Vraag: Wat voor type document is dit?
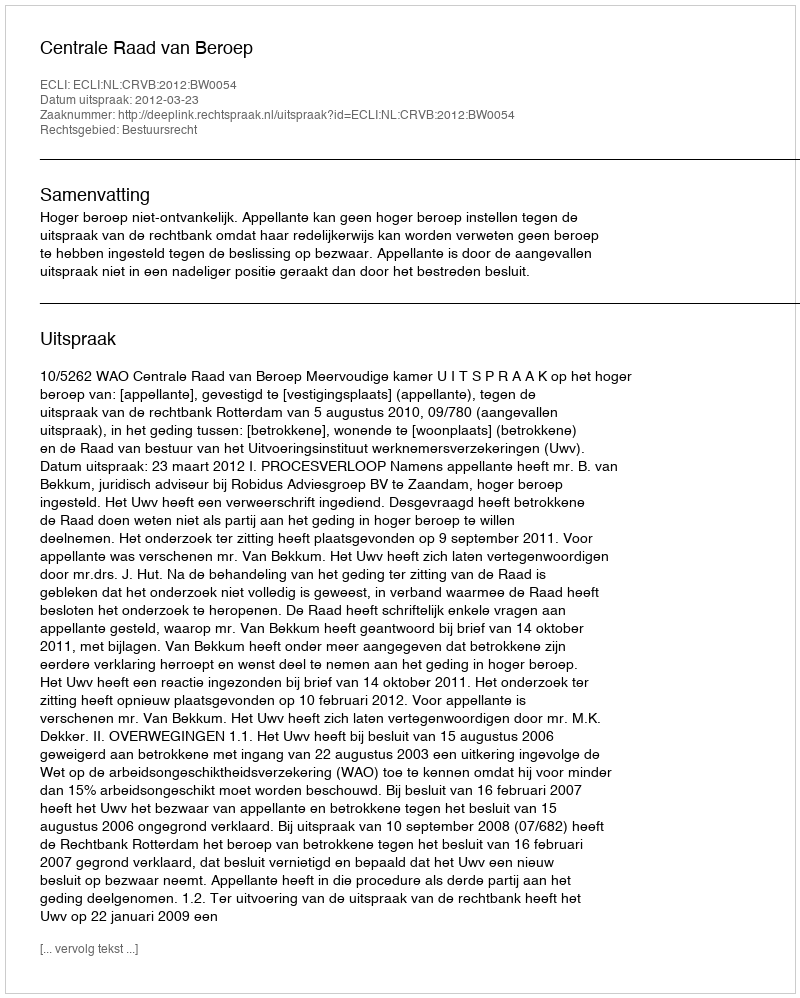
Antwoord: Uitspraak